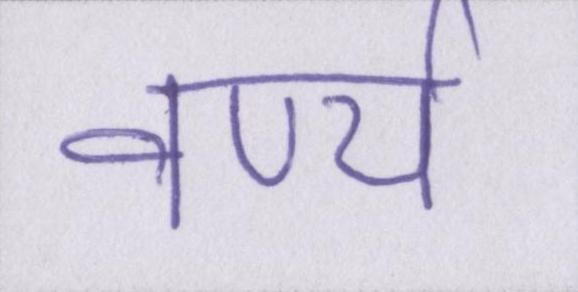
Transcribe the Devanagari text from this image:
वर्ण्य